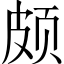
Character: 颇